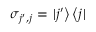
\sigma _ { j ^ { \prime } , j } = \left. \vert j ^ { \prime } \right\rangle \left\langle j \vert \right.